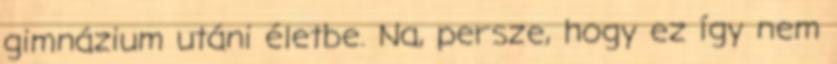
gimnázium utáni életbe. Na, persze, hogy ez így nem